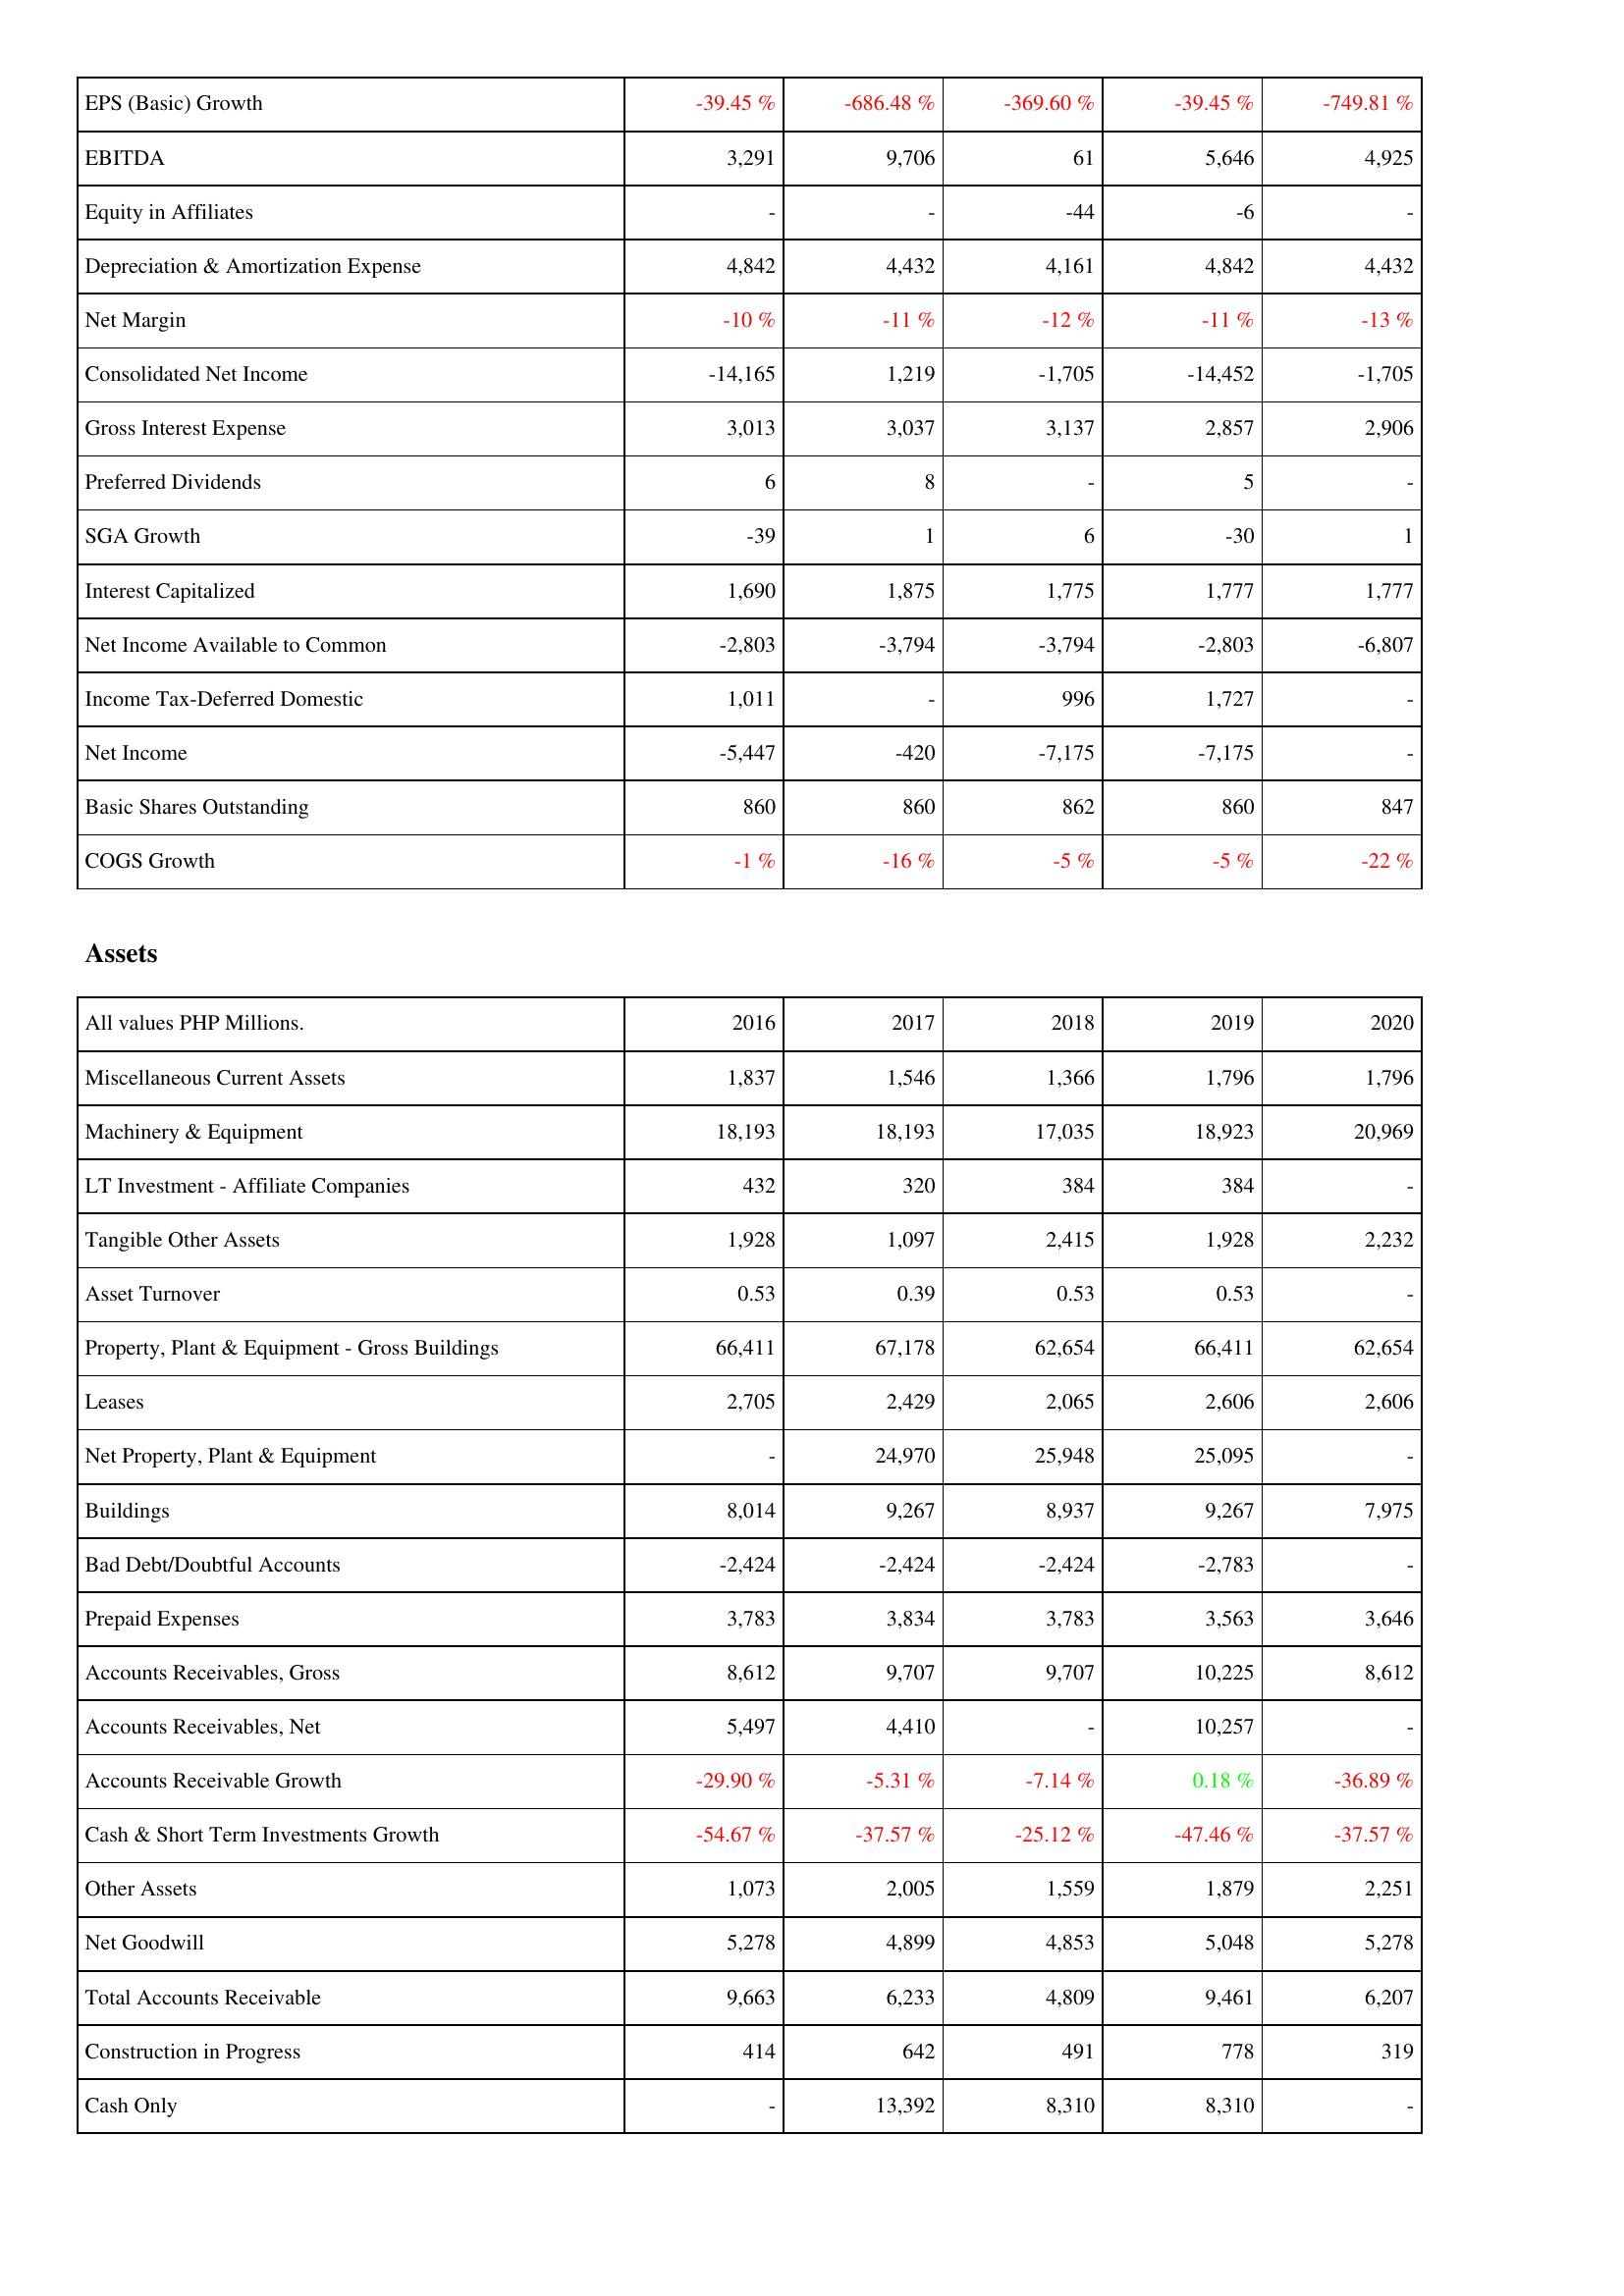
2016: Income Statement: EPS (Basic) Growth: -39.45 %
EBITDA: 3,291
Equity in Affiliates: -
Depreciation & Amortization Expense: 4,842
Net Margin: -10 %
Consolidated Net Income: -14,165
Gross Interest Expense: 3,013
Preferred Dividends: 6
SGA Growth: -39
Interest Capitalized: 1,690
Net Income Available to Common: -2,803
Income Tax-Deferred Domestic: 1,011
Net Income: -5,447
Basic Shares Outstanding: 860
COGS Growth: -1 %
Assets: Miscellaneous Current Assets: 1,837
Machinery & Equipment: 18,193
LT Investment - Affiliate Companies: 432
Tangible Other Assets: 1,928
Asset Turnover: 0.53
Property, Plant & Equipment - Gross Buildings: 66,411
Leases: 2,705
Net Property, Plant & Equipment: -
Buildings: 8,014
Bad Debt/Doubtful Accounts: -2,424
Prepaid Expenses: 3,783
Accounts Receivables, Gross: 8,612
Accounts Receivables, Net: 5,497
Accounts Receivable Growth: -29.90 %
Cash & Short Term Investments Growth: -54.67 %
Other Assets: 1,073
Net Goodwill: 5,278
Total Accounts Receivable: 9,663
Construction in Progress: 414
Cash Only: -
2017: Income Statement: EPS (Basic) Growth: -686.48 %
EBITDA: 9,706
Equity in Affiliates: -
Depreciation & Amortization Expense: 4,432
Net Margin: -11 %
Consolidated Net Income: 1,219
Gross Interest Expense: 3,037
Preferred Dividends: 8
SGA Growth: 1
Interest Capitalized: 1,875
Net Income Available to Common: -3,794
Income Tax-Deferred Domestic: -
Net Income: -420
Basic Shares Outstanding: 860
COGS Growth: -16 %
Assets: Miscellaneous Current Assets: 1,546
Machinery & Equipment: 18,193
LT Investment - Affiliate Companies: 320
Tangible Other Assets: 1,097
Asset Turnover: 0.39
Property, Plant & Equipment - Gross Buildings: 67,178
Leases: 2,429
Net Property, Plant & Equipment: 24,970
Buildings: 9,267
Bad Debt/Doubtful Accounts: -2,424
Prepaid Expenses: 3,834
Accounts Receivables, Gross: 9,707
Accounts Receivables, Net: 4,410
Accounts Receivable Growth: -5.31 %
Cash & Short Term Investments Growth: -37.57 %
Other Assets: 2,005
Net Goodwill: 4,899
Total Accounts Receivable: 6,233
Construction in Progress: 642
Cash Only: 13,392
2018: Income Statement: EPS (Basic) Growth: -369.60 %
EBITDA: 61
Equity in Affiliates: -44
Depreciation & Amortization Expense: 4,161
Net Margin: -12 %
Consolidated Net Income: -1,705
Gross Interest Expense: 3,137
Preferred Dividends: -
SGA Growth: 6
Interest Capitalized: 1,775
Net Income Available to Common: -3,794
Income Tax-Deferred Domestic: 996
Net Income: -7,175
Basic Shares Outstanding: 862
COGS Growth: -5 %
Assets: Miscellaneous Current Assets: 1,366
Machinery & Equipment: 17,035
LT Investment - Affiliate Companies: 384
Tangible Other Assets: 2,415
Asset Turnover: 0.53
Property, Plant & Equipment - Gross Buildings: 62,654
Leases: 2,065
Net Property, Plant & Equipment: 25,948
Buildings: 8,937
Bad Debt/Doubtful Accounts: -2,424
Prepaid Expenses: 3,783
Accounts Receivables, Gross: 9,707
Accounts Receivables, Net: -
Accounts Receivable Growth: -7.14 %
Cash & Short Term Investments Growth: -25.12 %
Other Assets: 1,559
Net Goodwill: 4,853
Total Accounts Receivable: 4,809
Construction in Progress: 491
Cash Only: 8,310
2019: Income Statement: EPS (Basic) Growth: -39.45 %
EBITDA: 5,646
Equity in Affiliates: -6
Depreciation & Amortization Expense: 4,842
Net Margin: -11 %
Consolidated Net Income: -14,452
Gross Interest Expense: 2,857
Preferred Dividends: 5
SGA Growth: -30
Interest Capitalized: 1,777
Net Income Available to Common: -2,803
Income Tax-Deferred Domestic: 1,727
Net Income: -7,175
Basic Shares Outstanding: 860
COGS Growth: -5 %
Assets: Miscellaneous Current Assets: 1,796
Machinery & Equipment: 18,923
LT Investment - Affiliate Companies: 384
Tangible Other Assets: 1,928
Asset Turnover: 0.53
Property, Plant & Equipment - Gross Buildings: 66,411
Leases: 2,606
Net Property, Plant & Equipment: 25,095
Buildings: 9,267
Bad Debt/Doubtful Accounts: -2,783
Prepaid Expenses: 3,563
Accounts Receivables, Gross: 10,225
Accounts Receivables, Net: 10,257
Accounts Receivable Growth: 0.18 %
Cash & Short Term Investments Growth: -47.46 %
Other Assets: 1,879
Net Goodwill: 5,048
Total Accounts Receivable: 9,461
Construction in Progress: 778
Cash Only: 8,310
2020: Income Statement: EPS (Basic) Growth: -749.81 %
EBITDA: 4,925
Equity in Affiliates: -
Depreciation & Amortization Expense: 4,432
Net Margin: -13 %
Consolidated Net Income: -1,705
Gross Interest Expense: 2,906
Preferred Dividends: -
SGA Growth: 1
Interest Capitalized: 1,777
Net Income Available to Common: -6,807
Income Tax-Deferred Domestic: -
Net Income: -
Basic Shares Outstanding: 847
COGS Growth: -22 %
Assets: Miscellaneous Current Assets: 1,796
Machinery & Equipment: 20,969
LT Investment - Affiliate Companies: -
Tangible Other Assets: 2,232
Asset Turnover: -
Property, Plant & Equipment - Gross Buildings: 62,654
Leases: 2,606
Net Property, Plant & Equipment: -
Buildings: 7,975
Bad Debt/Doubtful Accounts: -
Prepaid Expenses: 3,646
Accounts Receivables, Gross: 8,612
Accounts Receivables, Net: -
Accounts Receivable Growth: -36.89 %
Cash & Short Term Investments Growth: -37.57 %
Other Assets: 2,251
Net Goodwill: 5,278
Total Accounts Receivable: 6,207
Construction in Progress: 319
Cash Only: -